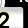
Digit: 2